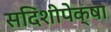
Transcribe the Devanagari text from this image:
सदिशीपेक्षा